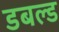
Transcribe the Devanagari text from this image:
डबल्ड